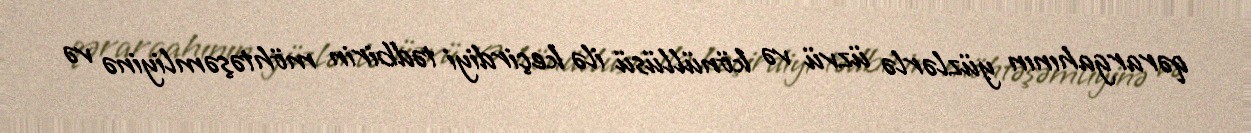
qərargahının yüzlərlə üzvü və könüllüsü ilə keçirdiyi tədbirin möhtəşəmliyinə və